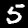
Label: 5